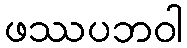
ဖဿပဘဝါ